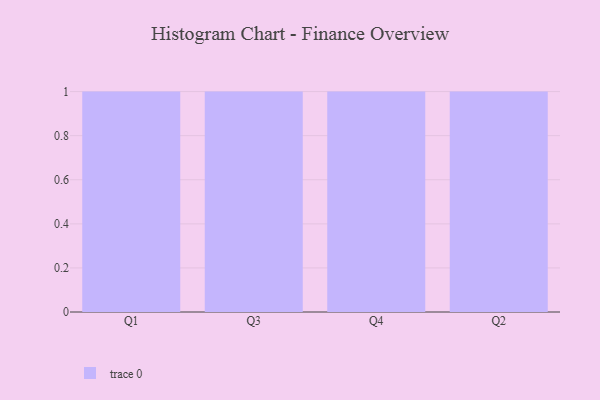
{"axis": {"x": "Quarter", "y": "Latency (ms)"}, "legend": [""], "data": [{"x": "Q1", "y": 8, "type": ""}, {"x": "Q3", "y": 33, "type": ""}, {"x": "Q4", "y": 50, "type": ""}, {"x": "Q2", "y": 1, "type": ""}]}